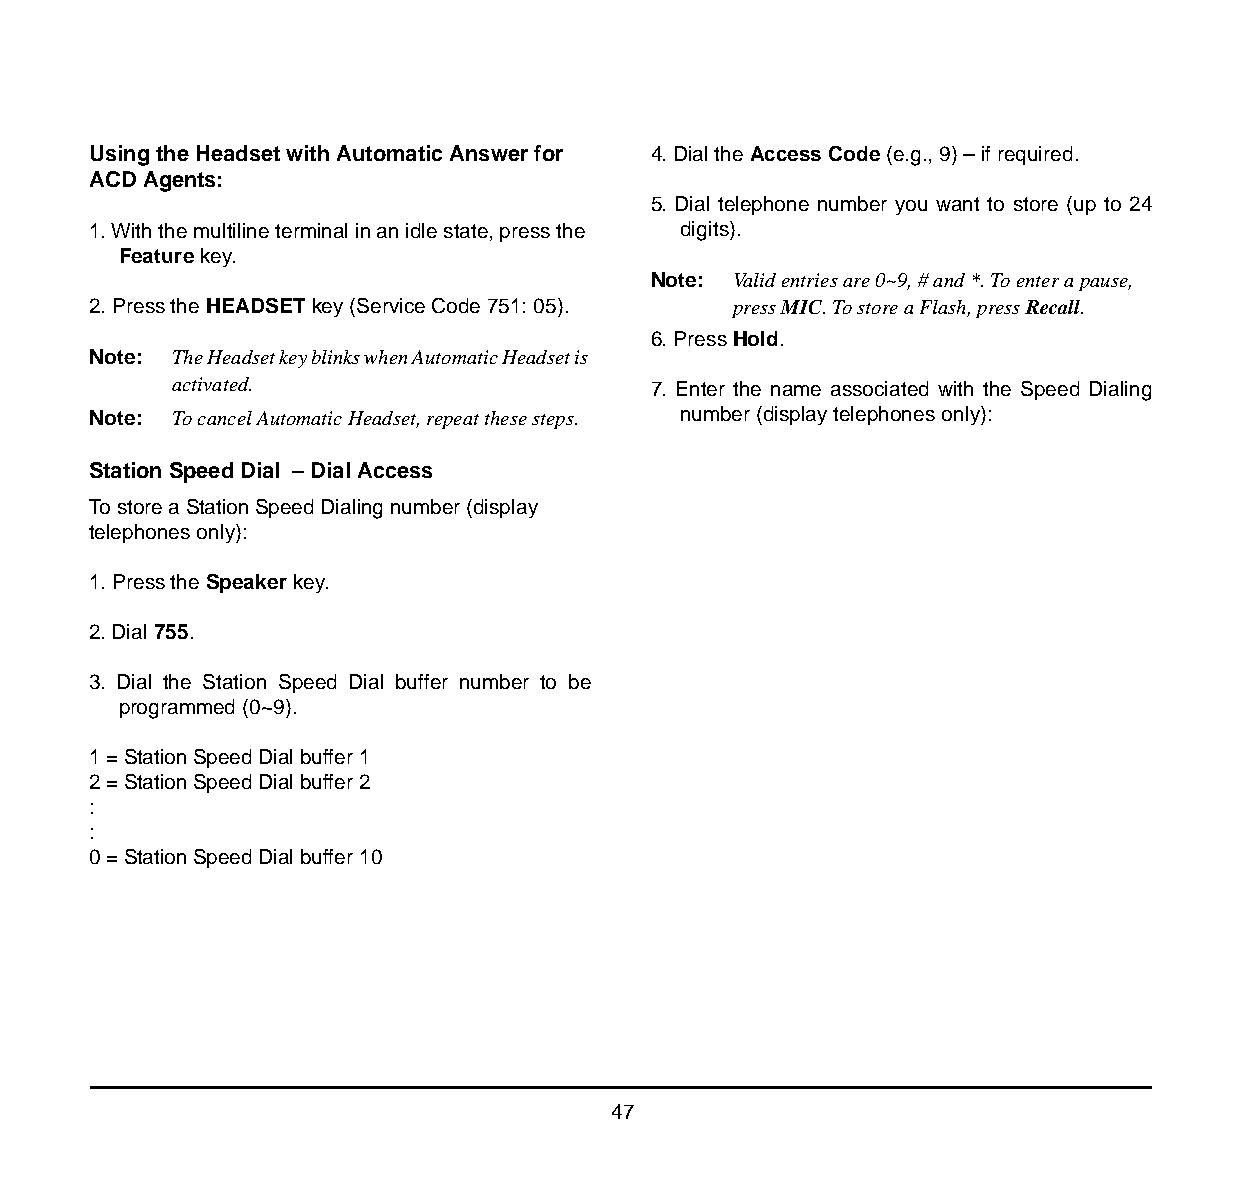
Using the Headset with Automatic Answer for 4. Dial the Access Code (e.g., 9) – if required.
 ACD Agents:
 5. Dial telephone number you want to store (up to 24
 1. With the multiline terminal in an idle state, press the digits).
 Feature key.
 Note: Valid entries are 0~9, # and *. To enter a pause,
 2. Press the HEADSET key (Service Code 751: 05). press MIC. To store a Flash, press Recall.
 6. Press Hold.
 Note: The Headset key blinks when Automatic Headset is
 activated.                      7. Enter the name associated with the Speed Dialing
 Note: To cancel Automatic Headset, repeat these steps. number (display telephones only):
 Station Speed Dial – Dial Access
 To store a Station Speed Dialing number (display
 telephones only):
 1. Press the Speaker key.
 2. Dial 755.
 3. Dial the Station Speed Dial buffer number to be
 programmed (0~9).
 1 = Station Speed Dial buffer 1
 2 = Station Speed Dial buffer 2
 :
 :
 0 = Station Speed Dial buffer 10
 47